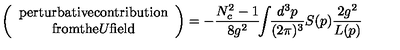
\left( \begin{array} { c } { \mathrm { p e r t u r b a t i v e c o n t r i b u t i o n } } \\ { \mathrm { f r o m t h e } U \mathrm { f i e l d } } \\ \end{array} \right) = - \frac { N _ { c } ^ { 2 } - 1 } { 8 g ^ { 2 } } \! \! \int \! \! \frac { d ^ { 3 } p } { ( 2 \pi ) ^ { 3 } } S ( p ) \frac { 2 g ^ { 2 } } { L ( p ) }